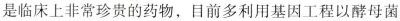
是临床上非常珍贵的药物，目前多利用基因工程以酵母菌